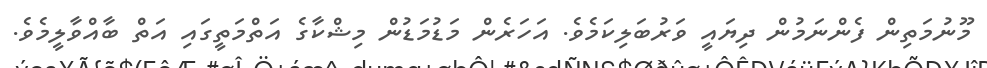
މޫނުމަތިން ފެންނަމުން ދިޔައީ ވަރުބަލިކަމެވެ. އަހަރެން މަޑުމަޑުން މިޝްކާގެ އަތްމަތީގައި އަތް ބާއްވާލީމެވެ.